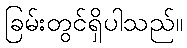
ခြမ်းတွင်ရှိပါသည်။